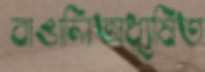
বাঙালিঅধ্যুষিত